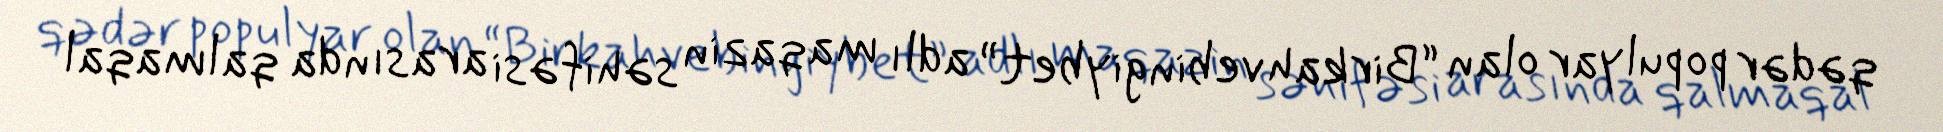
qədər populyar olan “Birkahvebingiybet” adlı maqazin səhifəsi arasında qalmaqal